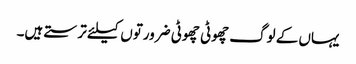
یہاں کے لوگ چھوٹی چھوٹی ضرورتوں کیلئے ترستے ہیں۔